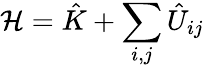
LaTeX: \mathcal{H}=\hat{K}+\sum_{i,j}\hat{U}_{ij}